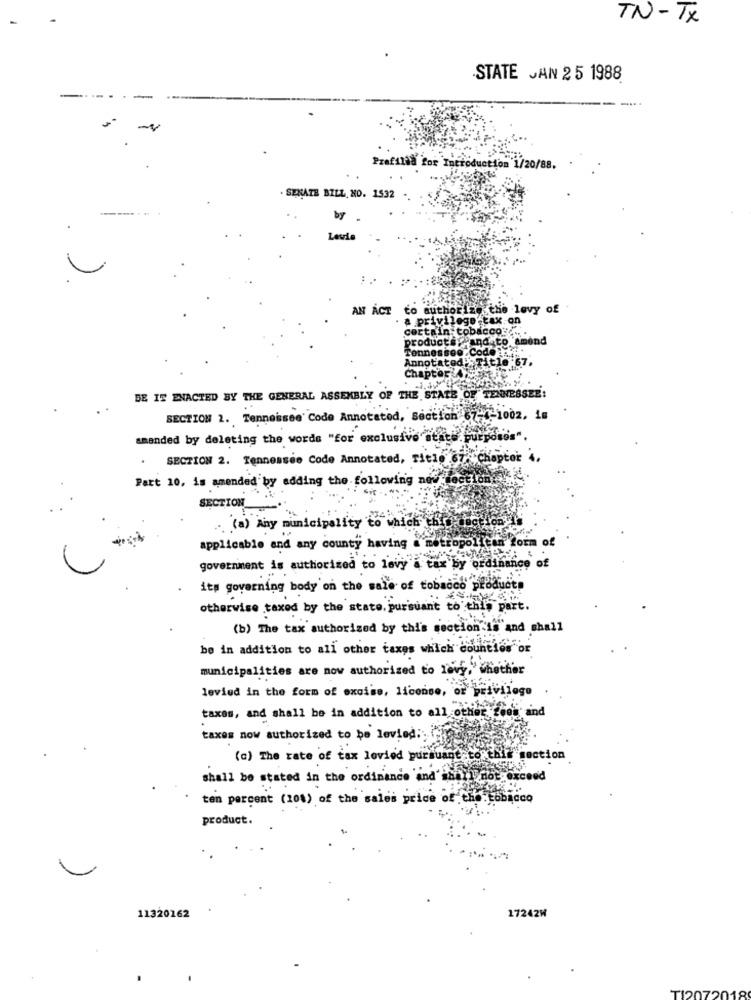
TN-TX
STATE JAN 25 1988
Profilad for Introduction 1/20/88.
- SENATE BILL, NO. 1532
by
Lavia
:.
AN ACT to authorize che lovy of
privilege -tax.on
certain tobacco"
products? and to amend
annesse
Annot
ted : Title:67,
Char
BE IS ENACTED BY THE GENERAL ASSEMBLY OF THE STATE OF TENNESSEE:
SECTION 2. Tenneissee' Code Annotated, Section 67-1-1002, 18
amended by deleting the words "for exclusive"state purposes".
SECTION 2. Tennessee Code Annotated, fit10 67. Chapter 4,
Part 10, is amended by adding the following net-
SECTION_
(a) Any municipality to which he
applicable and any county having a metropolitan form of
government is authorized to levy a tax by ordinance of
its governing body on the sale of tobacco products
otherwise taxed by the state. pursuant to this part.
(b) The tax authorized by this section is and shall
be in addition to all other taxes which could
municipalities are now authorized to levy, whether
levied in the form of excise, license, or privilege
taxas, and shall be in addition to all other cool and
taxes now authorized to be leviod ::
(c) The rate of tax levied pursuant to this section
shall be stated in the ordinance 'and' anami not exceed
ten percent ( 10%) of the sales price of the tobacco
product.
11320162
17242W
TI20720